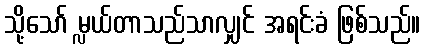
သို့သော် မ္လယ်တာသည်သာလျှင် အရင်းခံ ဖြစ်သည်။